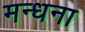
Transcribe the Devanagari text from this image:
मन्धना